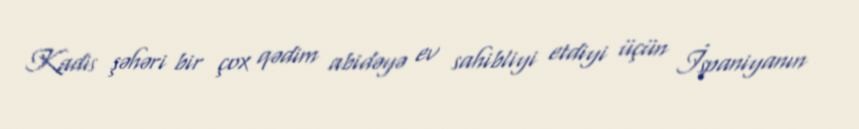
Kadis şəhəri bir çox qədim abidəyə ev sahibliyi etdiyi üçün İspaniyanın